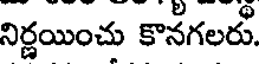
నిర్ణయించు కొనగలరు.